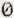
0